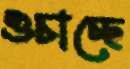
ওচাচ্ছে